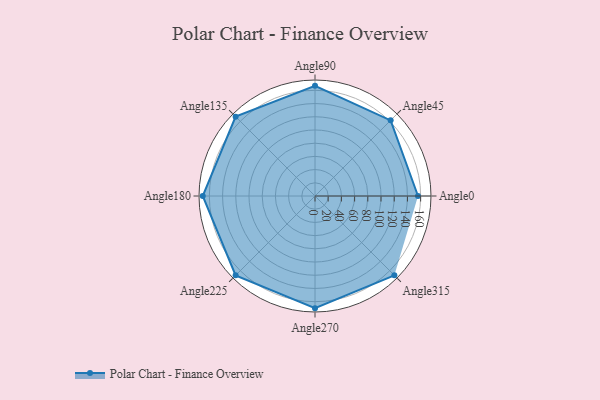
{"axis": {"x": "Angle", "y": "Radius"}, "legend": [""], "data": [{"x": "Angle0", "y": 156.0, "type": ""}, {"x": "Angle45", "y": 162.0, "type": ""}, {"x": "Angle90", "y": 167.0, "type": ""}, {"x": "Angle135", "y": 170, "type": ""}, {"x": "Angle180", "y": 170, "type": ""}, {"x": "Angle225", "y": 170, "type": ""}, {"x": "Angle270", "y": 170, "type": ""}, {"x": "Angle315", "y": 170, "type": ""}]}